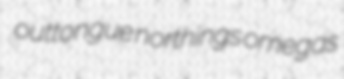
outtongue northings omegas